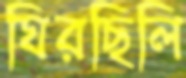
ঘিরছিলি